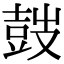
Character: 𡔷